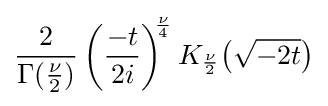
{\frac {2}{\Gamma ({\frac {\nu }{2}})}}\left({\frac {-t}{2i}}\right)^{\!\!{\frac {\nu }{4}}}K_{\frac {\nu }{2}}\!\left({\sqrt {-2t}}\right)